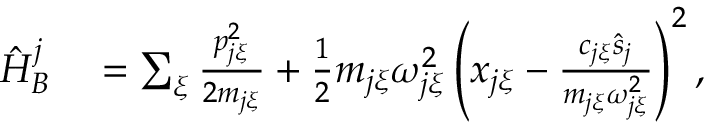
\begin{array} { r l } { \hat { H } _ { B } ^ { j } } & { { } = \sum _ { \xi } \frac { p _ { j \xi } ^ { 2 } } { 2 m _ { j \xi } } + \frac { 1 } { 2 } m _ { j \xi } \omega _ { j \xi } ^ { 2 } \left( x _ { j \xi } - \frac { c _ { j \xi } \hat { s } _ { j } } { m _ { j \xi } \omega _ { j \xi } ^ { 2 } } \right) ^ { 2 } , } \end{array}